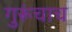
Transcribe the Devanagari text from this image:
गुरूंचाच